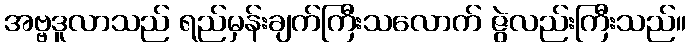
အဗ္ဗဒူလာသည် ရည်မှန်းချက်ကြီးသလောက် ဇွဲလည်းကြီးသည်။